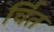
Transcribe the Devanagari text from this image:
र्चित